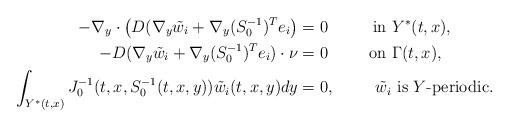
LaTeX: \begin{align*}-\nabla_y \cdot \big(D (\nabla_y \tilde{w}_i + \nabla_y (S_0^{-1})^Te_i \big) &= 0 &\mbox{ in }& Y^{\ast}(t,x),\\-D (\nabla_y \tilde{w}_i + \nabla_y (S_0^{-1})^T e_i) \cdot \nu &= 0 &\mbox{ on }& \Gamma(t,x),\\\int_{Y^{\ast}(t,x)} J_0^{-1}(t,x,S_0^{-1}(t,x,y))\tilde{w}_i(t,x,y) dy &= 0, & \tilde{w}_i & \mbox{ is } Y\mbox{-periodic}.\end{align*}